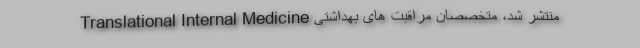
Translational Internal Medicine منتشر شد، متخصصان مراقبت های بهداشتی